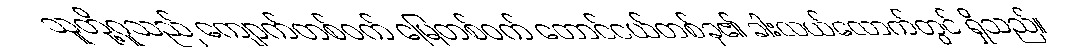
သူတို့ဂူသည် ကျောက်တစ်ဝက် မြေတစ်ဝက် တောင်ငယ်တစ်ခု၏ ခါးလယ်လောက်တွင် ရှိသည်။